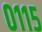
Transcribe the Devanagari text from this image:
०११५